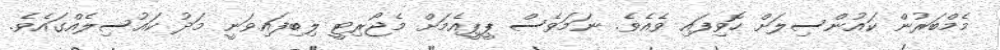
މެމްބަރުން ކައުންސިލަށް ހޮވިފައި ވެއެވެ. ނަމަވެސް ޕީޕީއެމަށް މެޖޯރިޓީ ލިބިފައިވަނީ މަދު ކައުސިލެއްގައެވެ.